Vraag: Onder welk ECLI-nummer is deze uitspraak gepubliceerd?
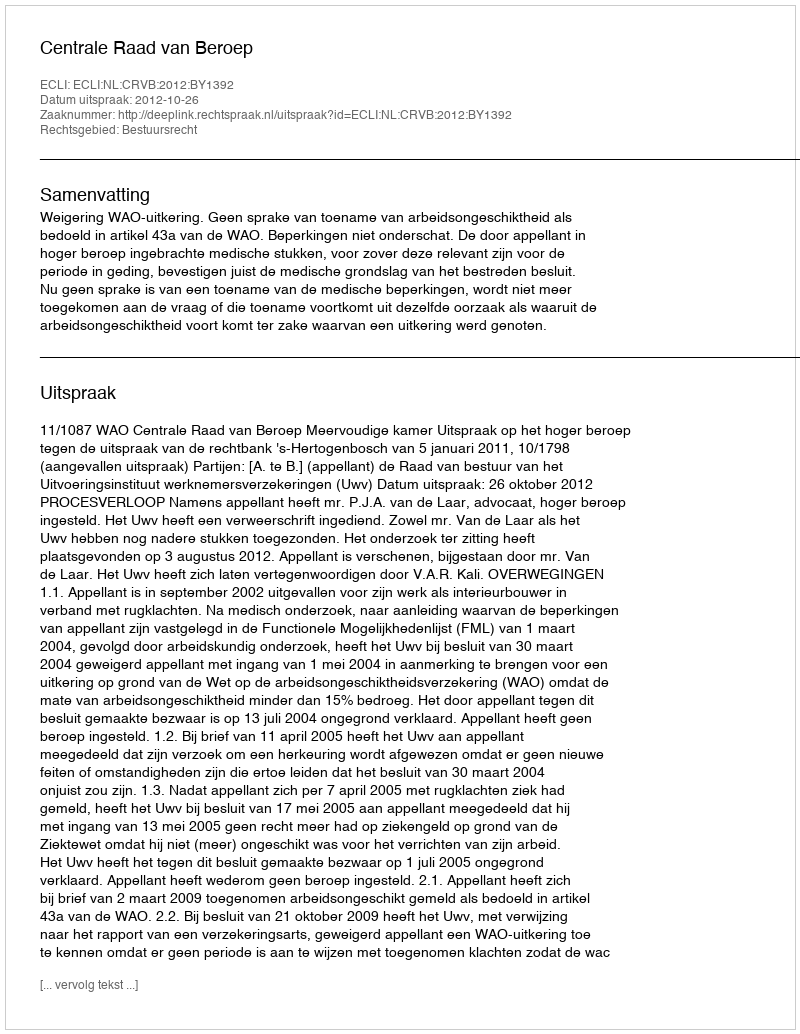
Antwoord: ECLI:NL:CRVB:2012:BY1392